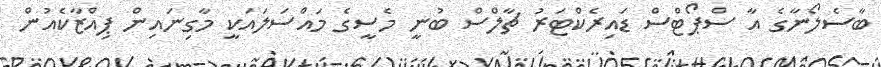
ބާސެލޯނާގެ އާ ސްޕޯޓްސް ޑައިރެކްޓަރު ޗާލްސް ބުނީ މެސީގެ މައްސަލައަކީ މާގިނައިން ޕިއްޒާކެއުން